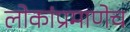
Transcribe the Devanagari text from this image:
लोकांप्रमाणेच